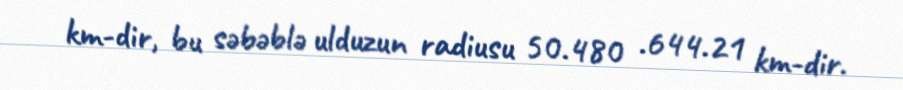
km-dir, bu səbəblə ulduzun radiusu 50.480 .644.21 km-dir.